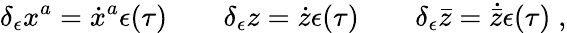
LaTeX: \delta_{\epsilon}x^{a}=\dot{x}^{a}\epsilon(\tau)\qquad\delta_{\epsilon}z=\dot{z}\epsilon(\tau)\qquad\delta_{\epsilon}\bar{z}=\dot{\bar{z}}\epsilon(\tau)\; ,